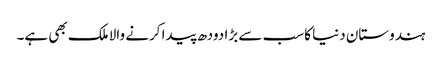
ہندوستان دنیا کا سب سے بڑا دودھ پیدا کرنے والا ملک بھی ہے۔